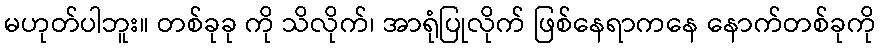
မဟုတ်ပါဘူး။ တစ်ခုခု ကို သိလိုက်၊ အာရုံပြုလိုက် ဖြစ်နေရာကနေ နောက်တစ်ခုကို